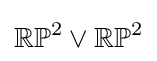
\mathbb {RP} ^{2}\vee \mathbb {RP} ^{2}